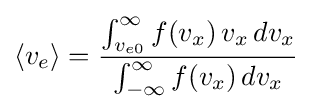
\langle v_{e}\rangle ={\frac {\int _{v_{e0}}^{\infty }f(v_{x})\,v_{x}\,dv_{x}}{\int _{-\infty }^{\infty }f(v_{x})\,dv_{x}}}